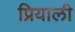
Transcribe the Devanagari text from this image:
प्रियाली